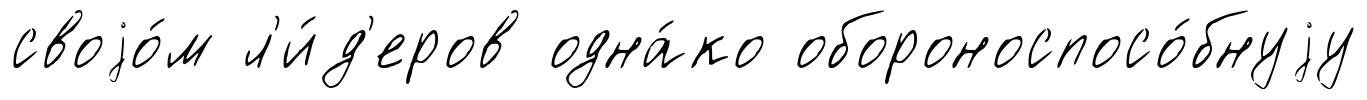
своjо́м л'и́д'еров одна́ко обороноспосо́бнуjу